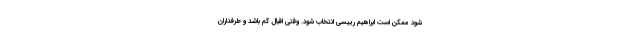
شود ممکن است ابراهیم رییسی انتخاب شود. وقتی اقبال کم باشد و طرفداران